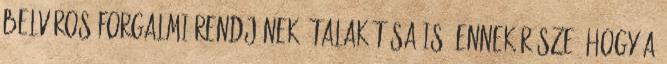
belváros forgalmi rendjének átalakítása is. Ennek része, hogy a